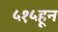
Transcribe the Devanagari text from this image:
५१५हून